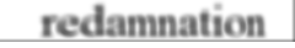
redamnation